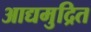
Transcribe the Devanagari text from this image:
आद्यमुद्रित